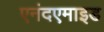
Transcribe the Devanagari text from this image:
एनंदएमाइड